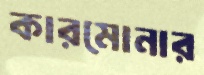
কারমোনার